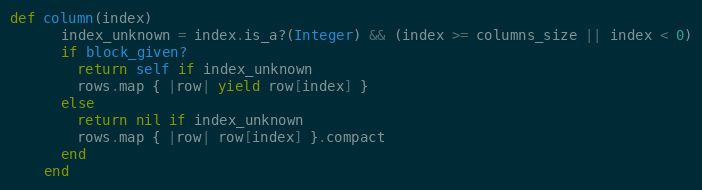
Language: Ruby
def column(index)
      index_unknown = index.is_a?(Integer) && (index >= columns_size || index < 0)
      if block_given?
        return self if index_unknown
        rows.map { |row| yield row[index] }
      else
        return nil if index_unknown
        rows.map { |row| row[index] }.compact
      end
    end